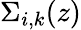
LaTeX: \Sigma_{i,k}(z)